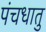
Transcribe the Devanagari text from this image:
पंचधातु